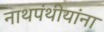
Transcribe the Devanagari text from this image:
नाथपंथीयांना